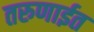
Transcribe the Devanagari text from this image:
तरुणाईत